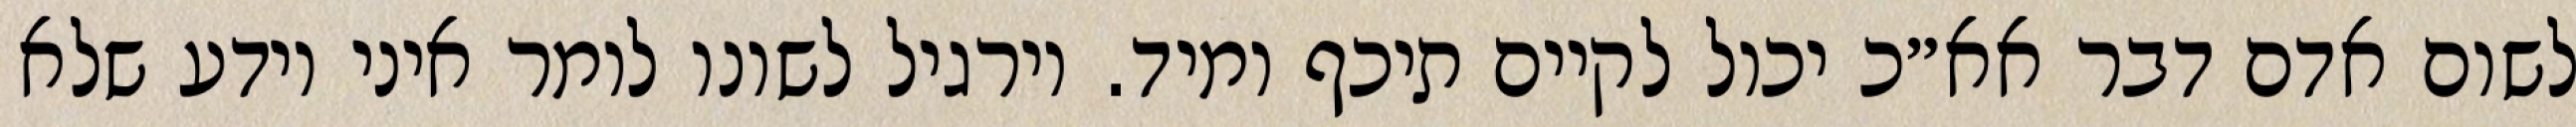
לשום אדם דבר אא״כ יכול לקיים תיכף ומיד. וירגיל לשונו לומר איני יודע שלא